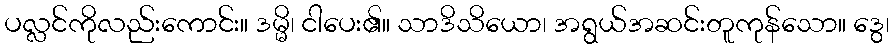
ပလ္လင်ကိုလည်းကောင်း။ ဒမ္မိ၊ ငါပေး၏။ သာဒိသိယော၊ အရွယ်အဆင်းတူကုန်သော။ ဒွေ၊